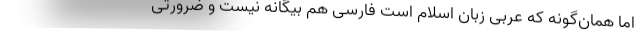
اما همان‌گونه که عربی زبان اسلام است فارسی هم بیگانه نیست و ضرورتی